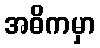
အဓိကမှာ